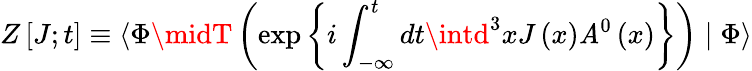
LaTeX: Z\left[J;t\right]\equiv\langle\Phi\midT\left(\exp\left\{ i\int_{-\infty}^{t}dt\intd^{3}xJ\left(x\right)\mathit{A}^{0}\left(x\right)\right\} \right)\mid\Phi\rangle